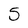
Character: 5